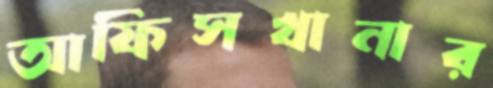
আফিসখানার